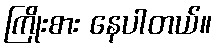
ကြိုးစား နေပါတယ်။